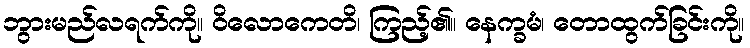
ဘွားမည်လရက်ကို။ ဝိလောကေတိ၊ ကြည့်၏။ နေက္ခမံ၊ တောထွက်ခြင်းကို။